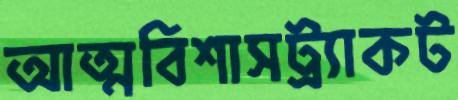
আত্মবিশাসট্র্যাকট